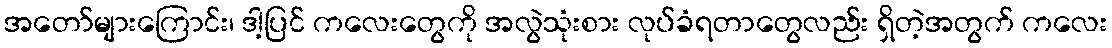
အတော်များကြောင်း၊ ဒါ့ပြင် ကလေးတွေကို အလွဲသုံးစား လုပ်ခံရတာတွေလည်း ရှိတဲ့အတွက် ကလေး